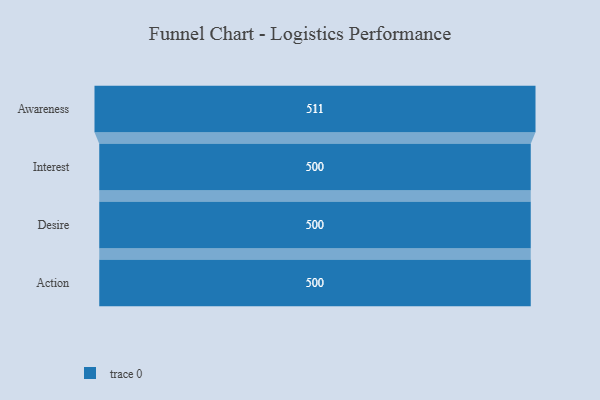
{"axis": {"x": "Stage", "y": "Value"}, "legend": [""], "data": [{"x": "Awareness", "y": 511.0, "type": ""}, {"x": "Interest", "y": 500, "type": ""}, {"x": "Desire", "y": 500, "type": ""}, {"x": "Action", "y": 500, "type": ""}]}